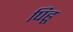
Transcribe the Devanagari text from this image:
पिहू